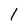
Character: 1